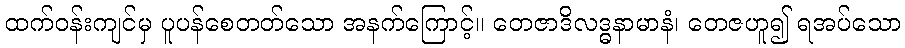
ထက်ဝန်းကျင်မှ ပူပန်စေတတ်သော အနက်ကြောင့်။ တေဇာဒိလဒ္ဓနာမာနံ၊ တေဇဟူ၍ ရအပ်သော